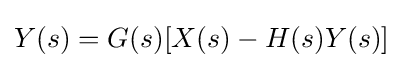
Y(s)=G(s)[X(s)-H(s)Y(s)]